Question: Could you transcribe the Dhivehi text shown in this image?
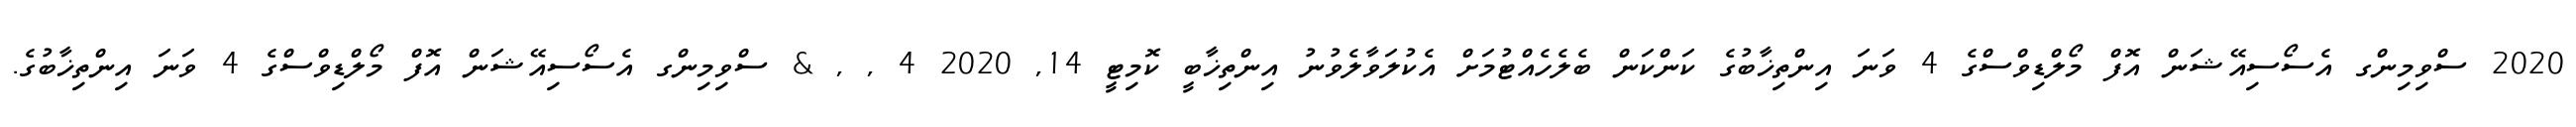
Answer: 2020 ސްވިމިންގ އެސޯސިއޭޝަން އޮފް މޯލްޑިވްސްގެ 4 ވަނަ އިންތިޚާބުގެ ކަންކަން ބެލެހެއްޓުމަށް އެކުލަވާލެވުނު އިންތިޚާބީ ކޮމިޓީ 14, 2020 4 , , & ސްވިމިންގ އެސޯސިއޭޝަން އޮފް މޯލްޑިވްސްގެ 4 ވަނަ އިންތިޚާބުގެ.